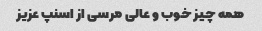
همه چیز خوب و عالی مرسی از اسنپ عزیز